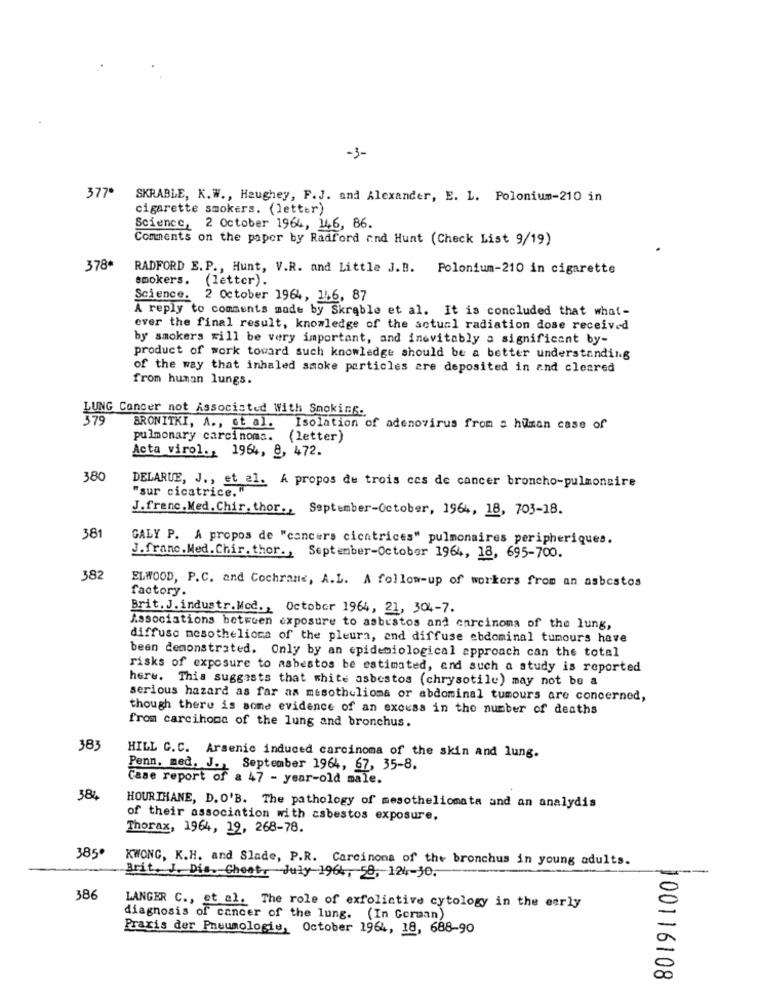
-3-
377*
SKRABLE, K.W ., Haughey, F.J. and Alexander, E. L. Polonium-210 in
cigarette smokers. (letter)
Science, 2 October 1964, 146, 86.
Comments on the paper by Radford and Hunt (Check List 9/19)
378ª
RADFORD E. P ., Hunt, V.R. and Little J.B. Polonium-210 in cigarette
smokers. (letter).
Science. 2 October 1964, 146, 87
A reply to comments made by Skrable et al. It is concluded that what-
ever the final result, knowledge of the actual radiation dose received
by smokers will be very important, and inevitably a significant by-
product of work toward such knowledge should be a better understanding
of the way that inhaled smoke particles are deposited in and cleared
from human lungs.
LUNG Cancer not Associated With Smoking.
379
BRONITKI, A ., et al. Isolation of adenovirus from a human case of
pulmonary carcinoma. (letter)
Acta virol ., 1964, 8, 472.
380
DELARUE, J ., et al. A propos de trois ces de cancer broncho-pulmonaire
"sur cicatrice."
J.franc. Med. Chir. thor ., September-October, 1964, 18, 703-18.
38
GALY P. A propos de "cancers cicatrices" pulmonaires peripheriques.
J.franc.Med.Chir. thor ., September-October 1964, 18, 695-700.
382
factory.
ELWOOD, P.C. and Cochrane, A.L. A follow-up of workers from an asbestos
Brit. J. industr.Med ., October 1964, 21, 304-7.
Associations between exposure to asbestos and carcinoma of the lung,
diffuso mesothelioma of the pleura, and diffuse abdominal tumours have
been demonstrated. Only by an epidemiological approach can the total
risks of exposure to asbestos be estimated, and such a study is reported
here. This suggests that white asbestos (chrysotile) may not be a
serious hazard as far as mesothelioma or abdominal tumours are concerned,
though there is some evidence of an excess in the number of deaths
from carcihome of the lung and bronchus.
383
HILL C.C. Arsenic induced carcinoma of the skin and lung.
Penn. med. J ., September 1964, 67, 35-8.
Case report of a 47 - year-old male.
384
HOURTHANE, D. O'B. The pathology of mesotheliomata and an analydis
of their association with asbestos exposure.
Thorax, 1964, 19, 268-78.
385'
KWONG, K.H. and Slade, P.R. Carcinona of the bronchus in young adults.
Brit. J. Dis. Cheat. July 1964, 58, 124-30.
386
LANGER C ., et al. The role of exfolictive cytology in the early
diagnosis of cancer of the lung. (In Gorman)
Praxis der Pneumologie, October 1964, 18, 688-90
100116108